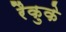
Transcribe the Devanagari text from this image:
रैकुके